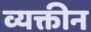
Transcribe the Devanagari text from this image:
व्यक्तीन